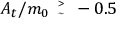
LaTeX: A _ { t } / m _ { 0 } { \tiny \begin{array} { l } { { > } } \\ { { \sim } } \end{array} } - 0 . 5